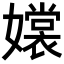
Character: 𡣖